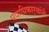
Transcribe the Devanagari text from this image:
पदाधिकार्‍यांनी